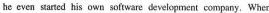
he even sarted his own software develepment company, When